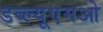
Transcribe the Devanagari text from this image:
डब्ल्यूएमओ